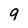
Character: 9